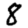
Digit: 8